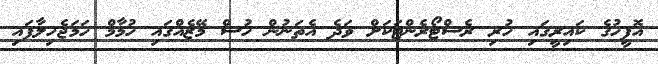
އޮފީހުގެ ކައިރީގައި ހުރި ރެސްޓޯރެންޓަކަށް ވަދެ އެތަނުން ހުސް މޭޒެއްގައި ހުމާމް ހަމަޖެހިލާފައި